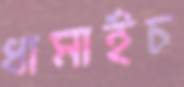
ধামাইচ